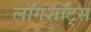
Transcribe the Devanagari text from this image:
लॉगशॉट्स